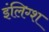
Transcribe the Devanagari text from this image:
इंलिग्श